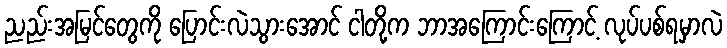
ညည်းအမြင်တွေကို ပြောင်းလဲသွားအောင် ငါတို့က ဘာအကြောင်းကြောင့် လုပ်ပစ်ရမှာလဲ